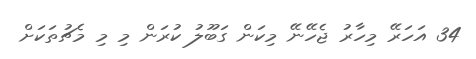
34 އަހަރޭ މިހާރު ޖެހޭނޭ މިކަން ގަބޫލު ކުރަން މި މި މެޗުތަކަށް